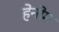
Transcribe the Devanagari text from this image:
हेनोम